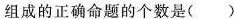
组成的正确命题的个数是( )